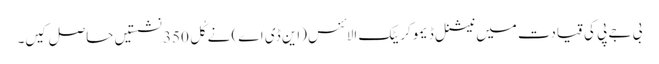
بی جے پی کی قیادت میں نیشنل ڈیموکریٹک الائنس (این ڈی اے) نے کُل 350 نشستیں حاصل کیں۔